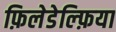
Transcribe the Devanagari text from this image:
फ़िलेडेल्फ़िया